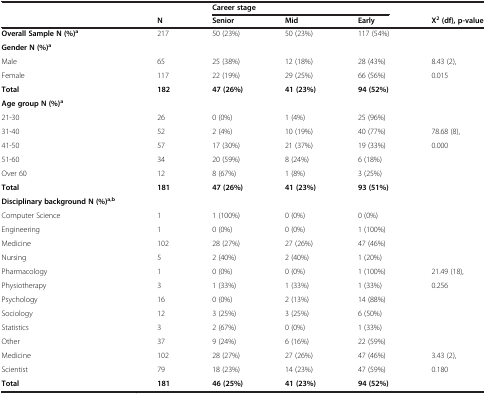
<table><thead><tr><td rowspan="2"></td><td></td><td colspan="3"><b>Career stage</b></td><td></td></tr><tr><td><b>N</b></td><td><b>Senior</b></td><td><b>Mid</b></td><td><b>Early</b></td><td><b>Χ<sup>2</sup>(df), p-value</b></td></tr></thead><tbody><tr><td><b>Overall Sample</b><b>N (%)</b><sup><b>a</b></sup></td><td>217</td><td>50 (23%)</td><td>50 (23%)</td><td>117 (54%)</td><td></td></tr><tr><td><b>Gender</b><b>N (%)</b><sup><b>a</b></sup></td><td></td><td></td><td></td><td></td><td></td></tr><tr><td>Male</td><td>65</td><td>25 (38%)</td><td>12 (18%)</td><td>28 (43%)</td><td>8.43 (2),</td></tr><tr><td>Female</td><td>117</td><td>22 (19%)</td><td>29 (25%)</td><td>66 (56%)</td><td>0.015</td></tr><tr><td><b>Total</b></td><td><b>182</b></td><td><b>47 (26%)</b></td><td><b>41 (23%)</b></td><td><b>94 (52%)</b></td><td></td></tr><tr><td><b>Age group</b><b>N (%)</b><sup><b>a</b></sup></td><td></td><td></td><td></td><td></td><td></td></tr><tr><td>21-30</td><td>26</td><td>0 (0%)</td><td>1 (4%)</td><td>25 (96%)</td><td></td></tr><tr><td>31-40</td><td>52</td><td>2 (4%)</td><td>10 (19%)</td><td>40 (77%)</td><td>78.68 (8),</td></tr><tr><td>41-50</td><td>57</td><td>17 (30%)</td><td>21 (37%)</td><td>19 (33%)</td><td>0.000</td></tr><tr><td>51-60</td><td>34</td><td>20 (59%)</td><td>8 (24%)</td><td>6 (18%)</td><td></td></tr><tr><td>Over 60</td><td>12</td><td>8 (67%)</td><td>1 (8%)</td><td>3 (25%)</td><td></td></tr><tr><td><b>Total</b></td><td><b>181</b></td><td><b>47 (26%)</b></td><td><b>41 (23%)</b></td><td><b>93 (51%)</b></td><td></td></tr><tr><td><b>Disciplinary background</b><b>N (%)</b><sup><b>a,b</b></sup></td><td></td><td></td><td></td><td></td><td></td></tr><tr><td>Computer Science</td><td>1</td><td>1 (100%)</td><td>0 (0%)</td><td>0 (0%)</td><td></td></tr><tr><td>Engineering</td><td>1</td><td>0 (0%)</td><td>0 (0%)</td><td>1 (100%)</td><td></td></tr><tr><td>Medicine</td><td>102</td><td>28 (27%)</td><td>27 (26%)</td><td>47 (46%)</td><td></td></tr><tr><td>Nursing</td><td>5</td><td>2 (40%)</td><td>2 (40%)</td><td>1 (20%)</td><td></td></tr><tr><td>Pharmacology</td><td>1</td><td>0 (0%)</td><td>0 (0%)</td><td>1 (100%)</td><td>21.49 (18),</td></tr><tr><td>Physiotherapy</td><td>3</td><td>1 (33%)</td><td>1 (33%)</td><td>1 (33%)</td><td>0.256</td></tr><tr><td>Psychology</td><td>16</td><td>0 (0%)</td><td>2 (13%)</td><td>14 (88%)</td><td></td></tr><tr><td>Sociology</td><td>12</td><td>3 (25%)</td><td>3 (25%)</td><td>6 (50%)</td><td></td></tr><tr><td>Statistics</td><td>3</td><td>2 (67%)</td><td>0 (0%)</td><td>1 (33%)</td><td></td></tr><tr><td>Other</td><td>37</td><td>9 (24%)</td><td>6 (16%)</td><td>22 (59%)</td><td></td></tr><tr><td>Medicine</td><td>102</td><td>28 (27%)</td><td>27 (26%)</td><td>47 (46%)</td><td>3.43 (2),</td></tr><tr><td>Scientist</td><td>79</td><td>18 (23%)</td><td>14 (23%)</td><td>47 (59%)</td><td>0.180</td></tr><tr><td><b>Total</b></td><td><b>181</b></td><td><b>46 (25%)</b></td><td><b>41 (23%)</b></td><td><b>94 (52%)</b></td><td></td></tr></tbody></table>